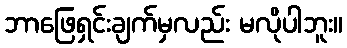
ဘာဖြေရှင်းချက်မှလည်း မလိုပါဘူး။